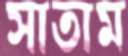
সাতাম